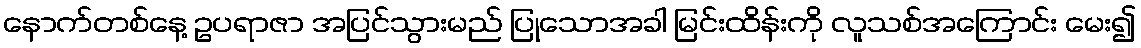
နောက်တစ်နေ့ ဥပရာဇာ အပြင်သွားမည် ပြုသောအခါ မြင်းထိန်းကို လူသစ်အကြောင်း မေး၍